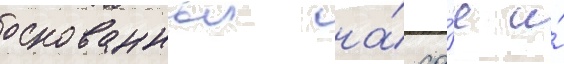
основанныи на́ со́е и́